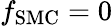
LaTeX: f_{\mathrm{SMC}}=0